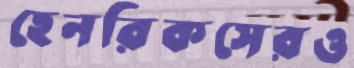
হেনরিকসেরও